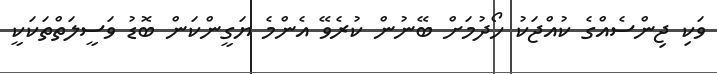
ވަކި ޖިންސެއްގެ ކުއްޖަކު ހޯދުމަށް ބޭނުން ކުރެވޭ އެންމެ ޔަގީންކަން ބޮޑު ވަސީލަތްތަކަކީ